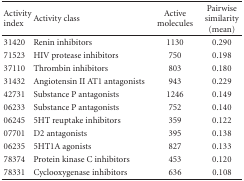
| Activity index | Activity class | Active molecules | Pairwise similarity (mean) |
 | --- | --- | --- | --- |
 | 31420 | Renin inhibitors | 1130 | 0.290 |
 | 71523 | HIV protease inhibitors | 750 | 0.198 |
 | 37110 | Thrombin inhibitors | 803 | 0.180 |
 | 31432 | Angiotensin II AT1 antagonists | 943 | 0.229 |
 | 42731 | Substance P antagonists | 1246 | 0.149 |
 | 06233 | Substance P antagonists | 752 | 0.140 |
 | 06245 | 5HT reuptake inhibitors | 359 | 0.122 |
 | 07701 | D2 antagonists | 395 | 0.138 |
 | 06235 | 5HT1A agonists | 827 | 0.133 |
 | 78374 | Protein kinase C inhibitors | 453 | 0.120 |
 | 78331 | Cyclooxygenase inhibitors | 636 | 0.108 |